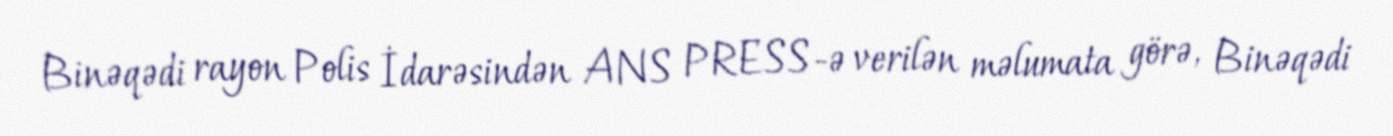
Binəqədi rayon Polis İdarəsindən ANS PRESS-ə verilən məlumata görə, Binəqədi